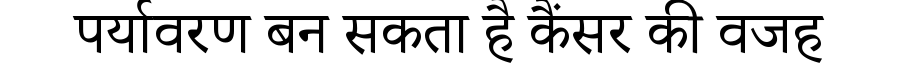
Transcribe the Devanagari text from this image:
पर्यावरण बन सकता है कैंसर की वजह